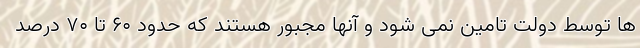
ها توسط دولت تامین نمی شود و آنها مجبور هستند که حدود ۶۰ تا ۷۰ درصد